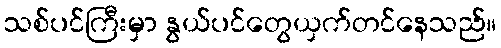
သစ်ပင်ကြီးမှာ နွယ်ပင်တွေယှက်တင်နေသည်။